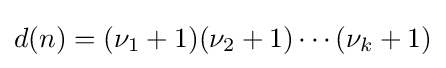
d(n)=(\nu _{1}+1)(\nu _{2}+1)\cdots (\nu _{k}+1)